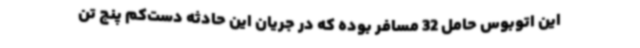
این اتوبوس حامل 32 مسافر بوده که در جریان این حادثه دست‌کم پنج تن